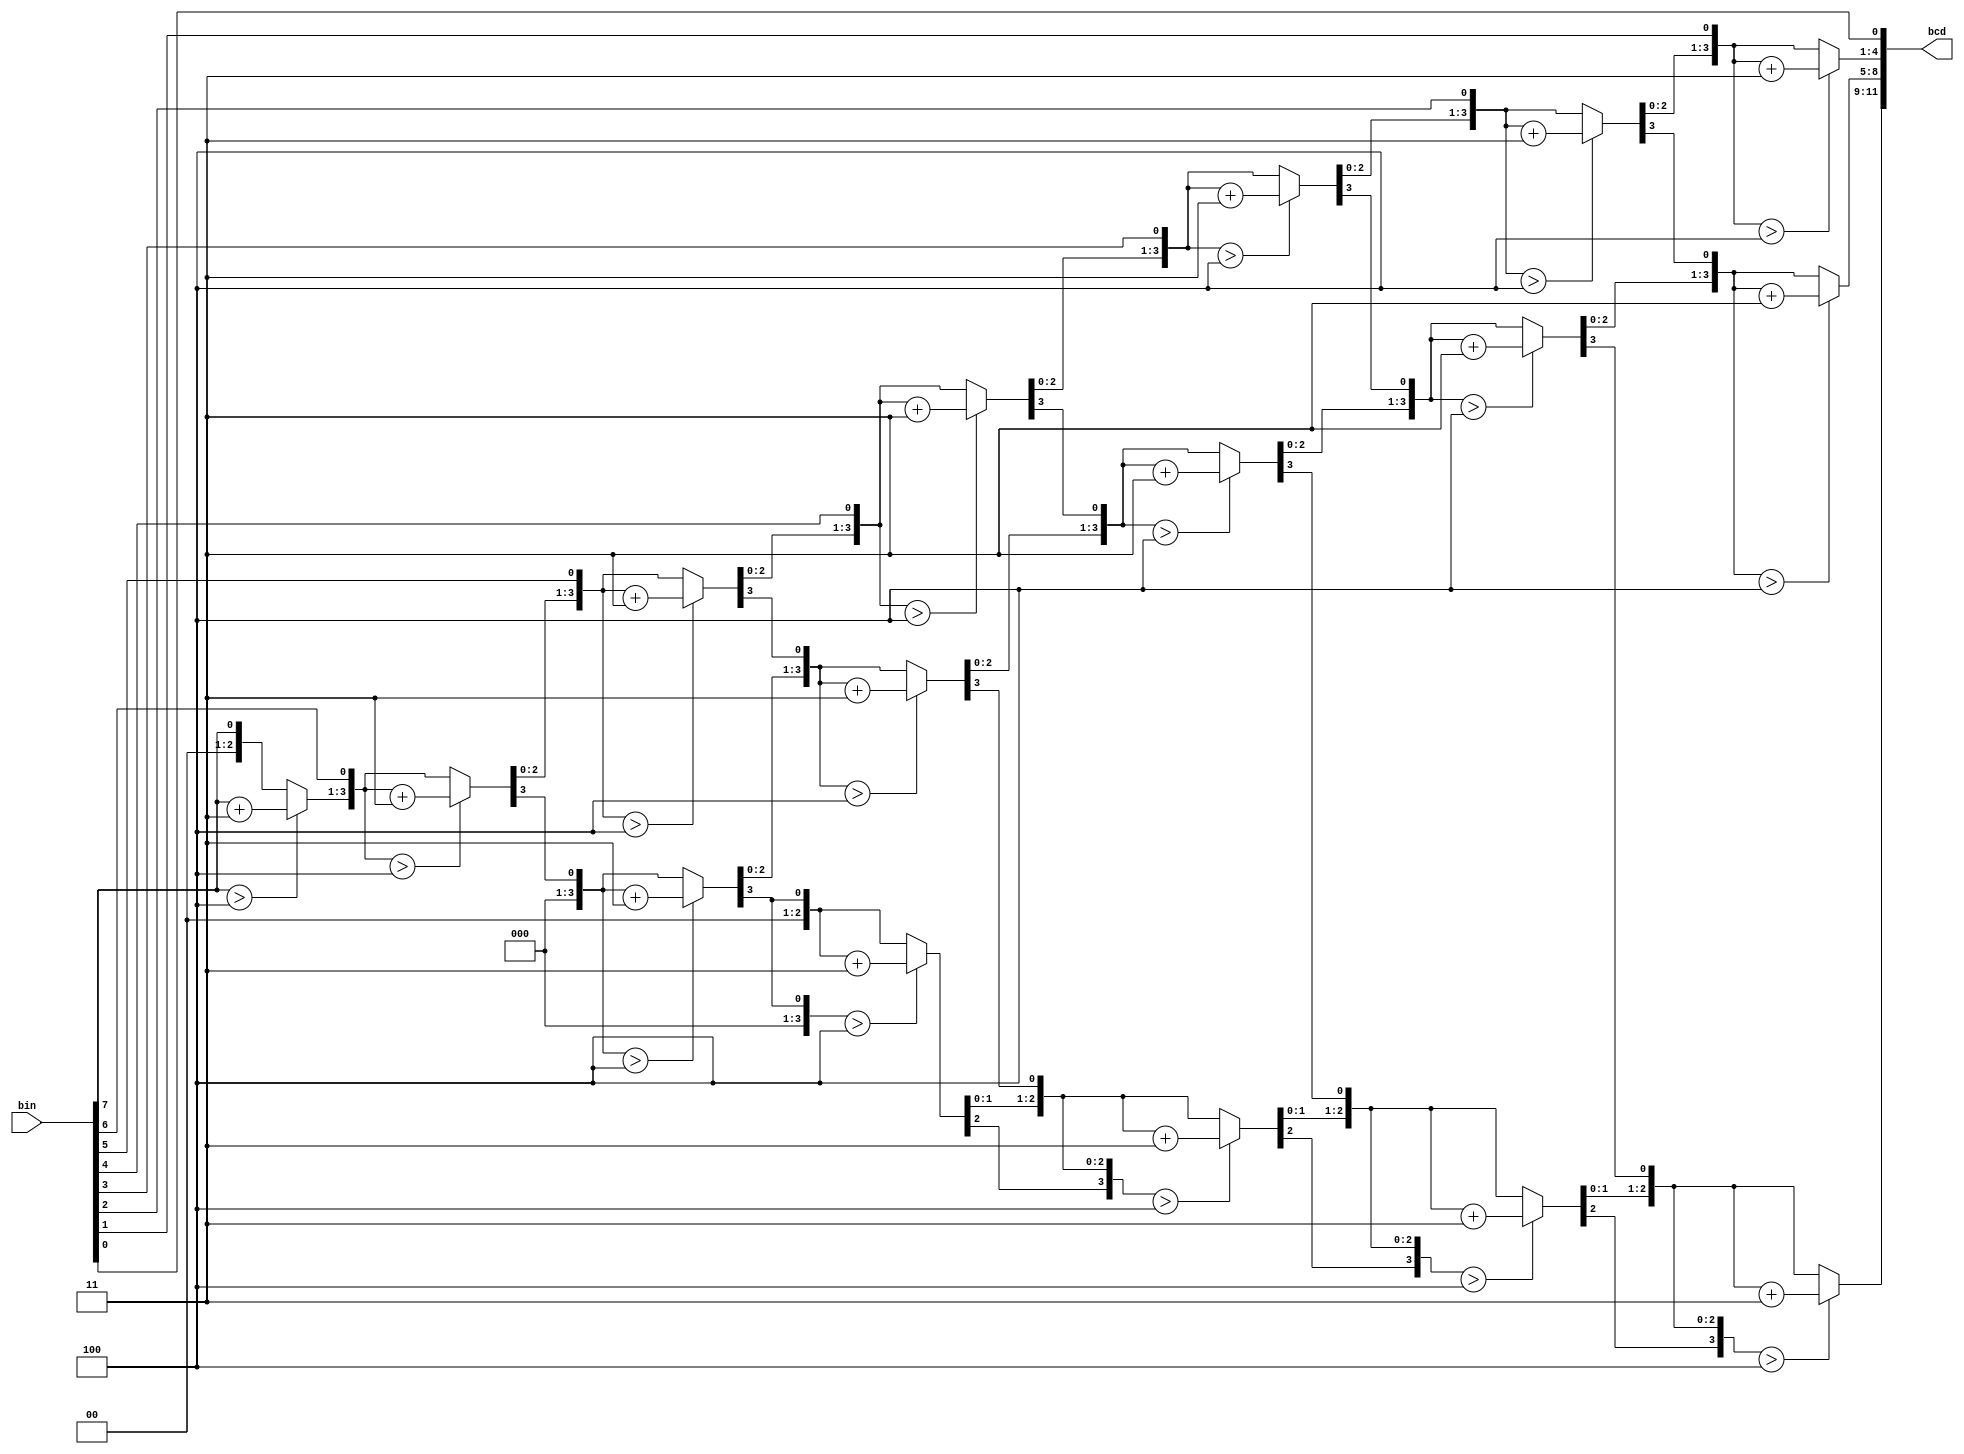
`timescale 1ns / 1ps
//////////////////////////////////////////////////////////////////////////////////
// Company: 
// Engineer: 
// 
// Design Name: 
// Module Name: BINtoBCD
// Project Name: 
// Target Devices: 
// Tool Versions: 
// Description: 
// 
// Dependencies: 
// 
// Revision:
// Revision 0.01 - File Created
// Additional Comments:
// 
//////////////////////////////////////////////////////////////////////////////////


module BINtoBCD( bin, bcd
    );
    input [7:0] bin;
    output reg [11:0] bcd;
    
    integer i; 
    always @(bin)
    begin  bcd=0;
      for(i=0;i<8;i=i+1)
         begin
        
           if(bcd[3:0] >4) bcd[3:0]=bcd[3:0]+3;
           if(bcd[7:4] >4) bcd[7:4]=bcd[7:4]+3;
           if(bcd[11:8] >4) bcd[11:8]=bcd[11:8]+3;
           
           bcd={bcd[10:0],bin[7-i]};
         end
      end
endmodule